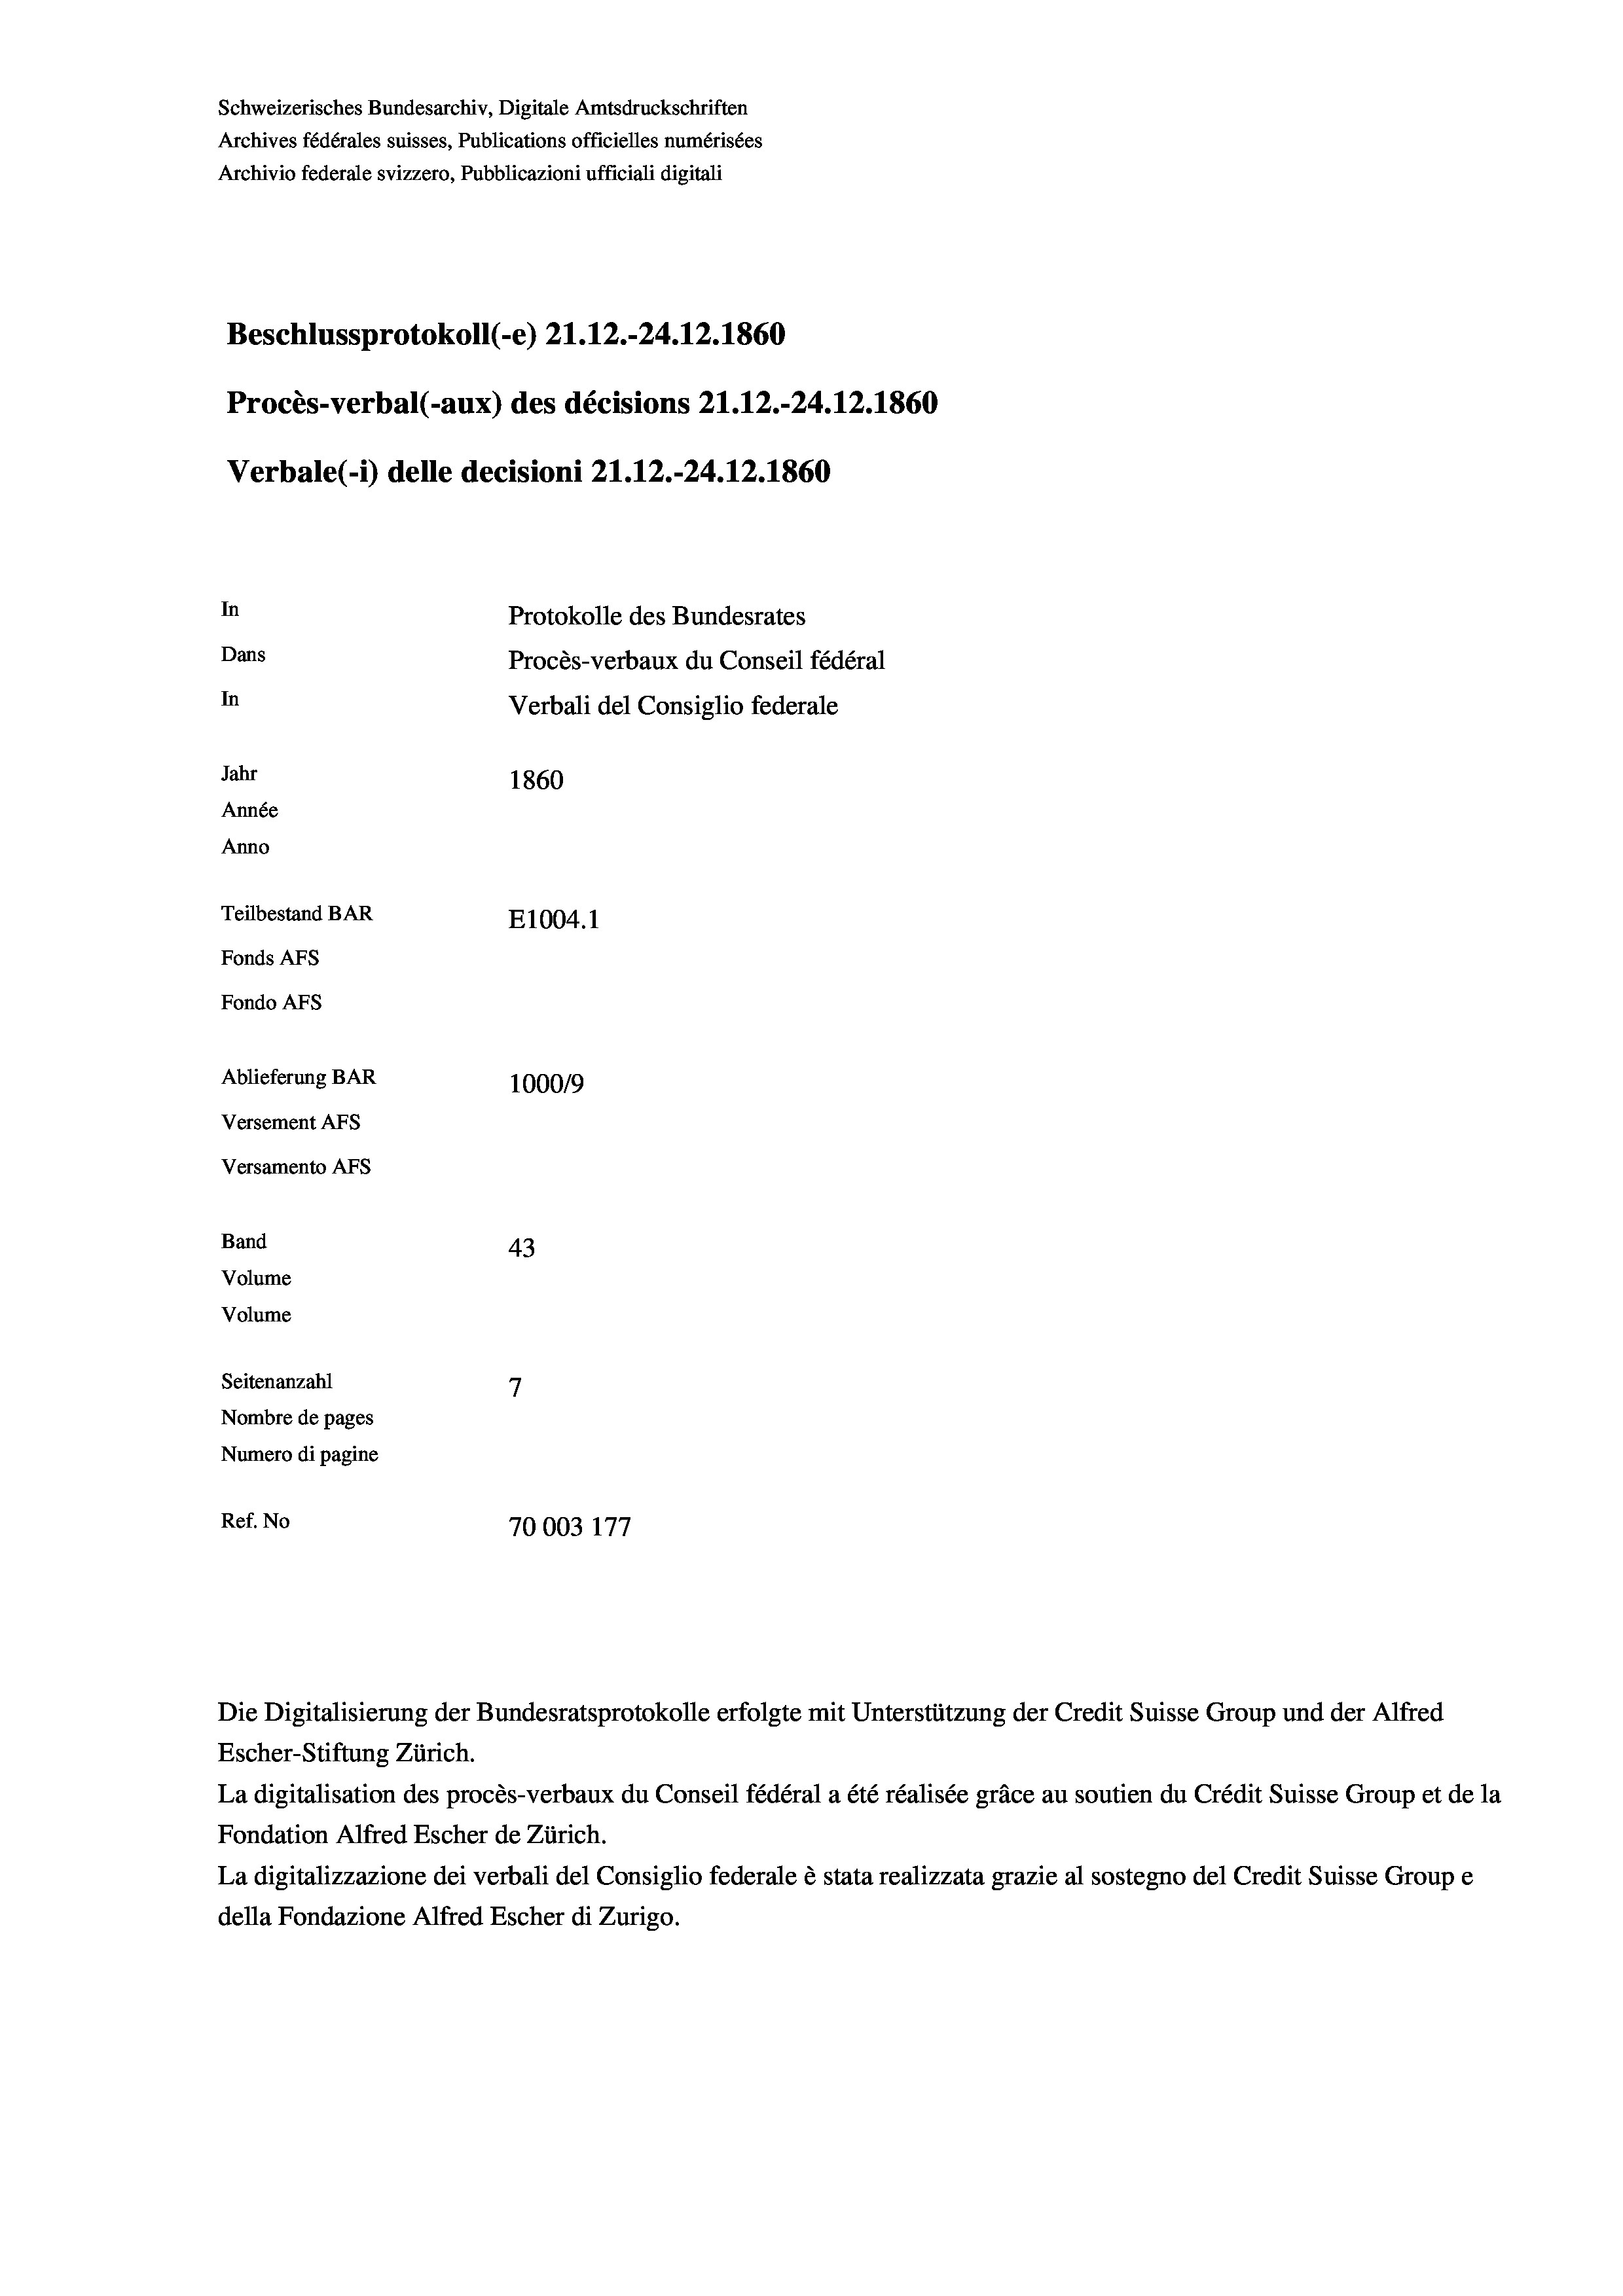
Schweizerisches Bundesarchiv, Digitale Amtsdruckschriften
Archives fédérales suisses, Publications officielles numérisées
Archivio federale svizzero, Pubblicazioni ufficiali digitali
Beschlussprotokoll (-e) 21.12.-24.12.1860
Procès-verbal (-aux) des décisions 21.12.-24.12.1860
Verbale(-*) delle decisioni 21.12.-24.12.1860
In
Protokolle des Bundesrates
Dans
Procès-verbaux du Conseil fédéral
In
Verbali del Consiglio federale
Jahr
1860
Année
Anno
Teilbestand BAR
E1004.1
Fonds AFs
Fondo AFS

Ablieferung BAR
Versement AFs
Versamento AFs
Band
Volume
Volume
Seitenanzahl

100019
43
7
Nombre de pages
Numero di pagine
Ref. No
70003 177

Die Digitalisierung der Bundesratsprotokolle erfolgte mit Unterstützung der Credit Suisse Group und der Alfred
Escher-Stiftung Zürich.
La digitalisation des procès-verbaux du Conseil fédéral a été réalisée gräce au soutien du Crédit Suisse Group et de la
Fondation Alfred Escher de Zürich.
La digitalizzazione dei verbali del Consiglio federale è stata realizzata grazie al sostegno del Credit Suisse Groupe
della Fondazione Alfred Escher di Zurigo.